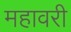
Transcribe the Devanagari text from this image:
महावरी